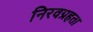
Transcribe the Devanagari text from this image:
निरवग्रहता